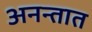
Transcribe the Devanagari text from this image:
अनन्तात